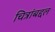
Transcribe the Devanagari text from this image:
चित्रांबद्दल